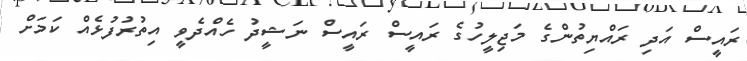
ރައީސް އަދި ރައްޔިތުންގެ މަޖިލީހުގެ ރައީސް ރައީސް ނަޝީދު ހެއްދެވީ އިތުރުފުޅެއް ކަމަށް